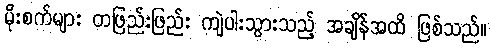
မိုးစက်များ တဖြည်းဖြည်း ကျဲပါးသွားသည့် အချိန်အထိ ဖြစ်သည်။